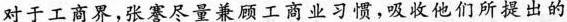
对于工商界，张謇尽量兼顾工商业习惯，吸收他们所提出的